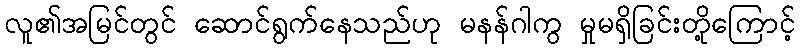
လူ၏အမြင်တွင် ဆောင်ရွက်နေသည်ဟု မနန်ဂါကွ မှုမရှိခြင်းတို့ကြောင့်